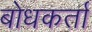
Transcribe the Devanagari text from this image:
बोधकर्ता